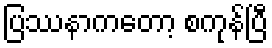
ပြဿနာကတော့ စကုန်ပြီ